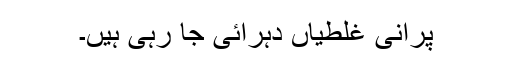
پرانی غلطیاں دہرائی جا رہی ہیں۔